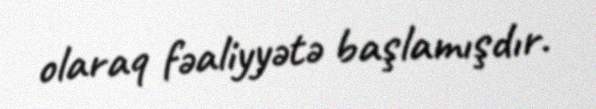
olaraq fəaliyyətə başlamışdır.